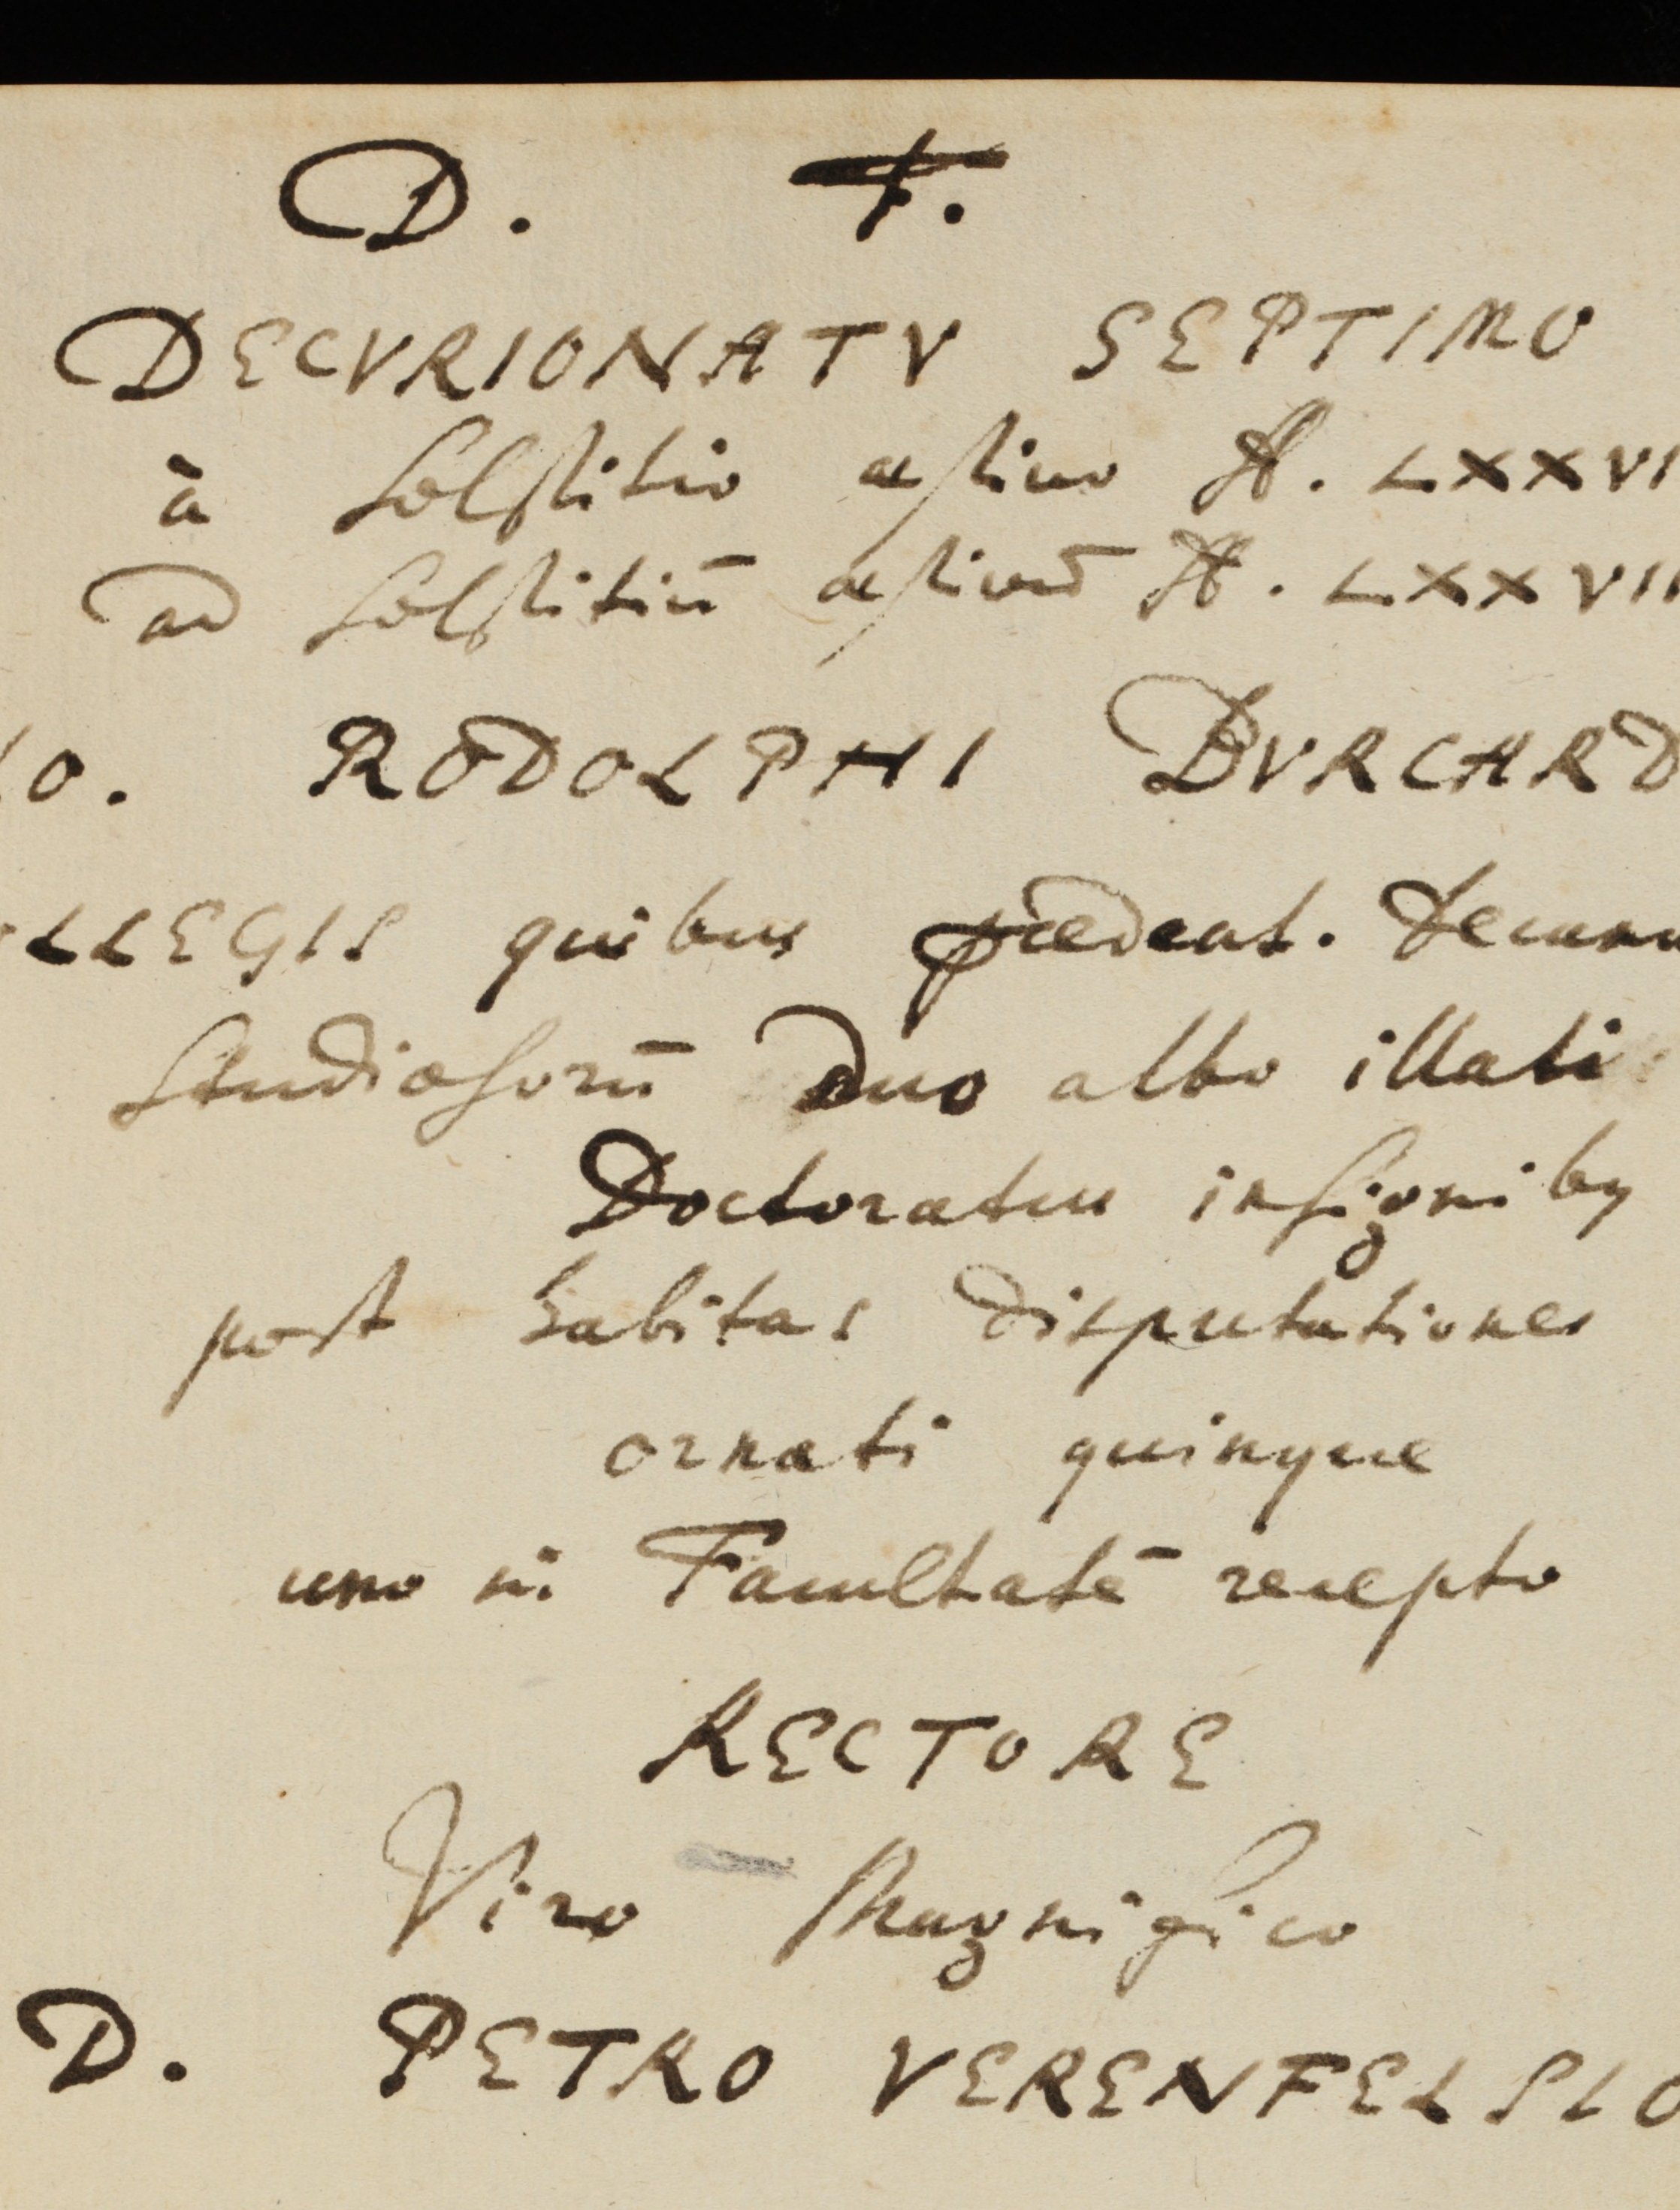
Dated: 1559–1800